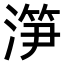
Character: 𣺱